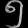
Digit: ၅